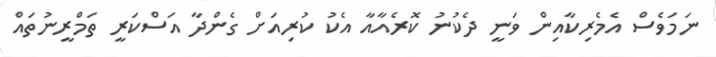
ނަމަވެސް އެމެރިކާއިން ވަނީ ދެކުނު ކޮރެއާއާ އެކު ކުރިއަށް ގެންދާ އަސްކަރީ ތަމްރީނުތައް